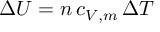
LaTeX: \Delta U = n \, c _ { V , m } \, \Delta T